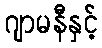
ဂျာမနီနှင့်